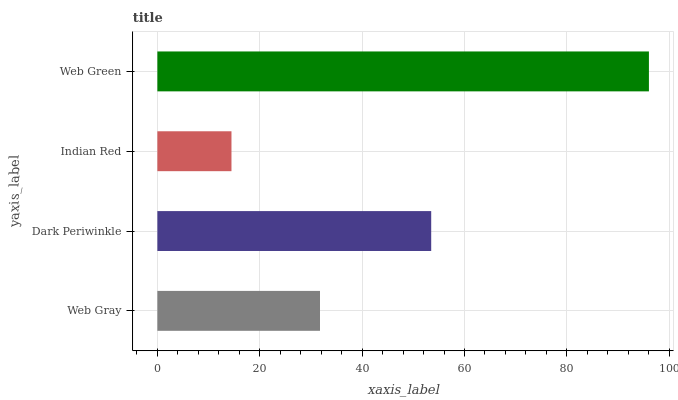
| yaxis_label | bars |
 | --- | --- |
 | Web Gray | 31.8 |
 | Dark Periwinkle | 53.5 |
 | Indian Red | 14.5 |
 | Web Green | 96 |